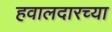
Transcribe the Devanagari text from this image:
हवालदारच्या